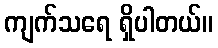
ကျက်သရေ ရှိပါတယ်။